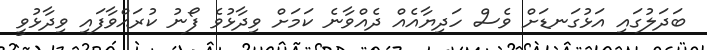
ބަދަލުގައި އަޅުގަނޑަށް ވެސް ހަދިޔާއެއް ދެއްވާނެ ކަމަށް ވިދާޅުވެ ފޯނު ކުރައްވާފައި ވިދާޅުވީ